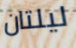
ليلتان